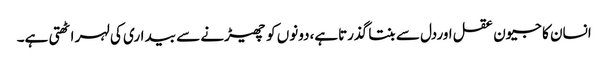
انسان کا جیون عقل اوردل سے بنتا گذرتاہے،دونوں کو چھیڑنے سے بیداری کی لہر اٹھتی ہے۔